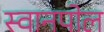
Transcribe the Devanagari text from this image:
स्वानपोल